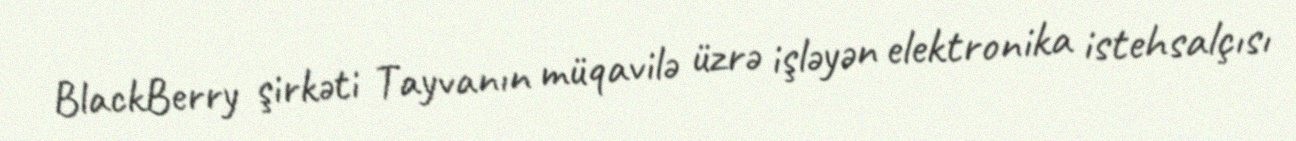
BlackBerry şirkəti Tayvanın müqavilə üzrə işləyən elektronika istehsalçısı